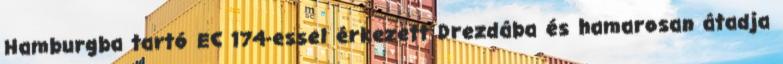
Hamburgba tartó EC 174-essel érkezett Drezdába és hamarosan átadja